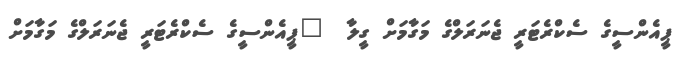
ޕީއެންސީގެ ސެކްރެޓަރީ ޖެނަރަލްގެ މަގާމަށް ގީލާ  	ޕީއެންސީގެ ސެކްރެޓަރީ ޖެނަރަލްގެ މަގާމަށް